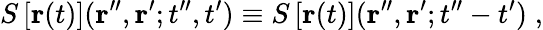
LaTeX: S\left[{\mathbf r}(t)\right]({\mathbf r}^{\prime\prime},{\mathbf r}^{\prime};t^{\prime\prime},t^{\prime})\equiv S\left[{\mathbf r}(t)\right]({\mathbf r}^{\prime\prime},{\mathbf r}^{\prime};t^{\prime\prime}-t^{\prime})\; ,